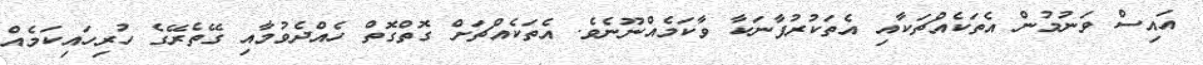
އައިސް ވަނުމުން އެތަކެއްޗަކާއި އެތަކުރުފާނަކާ ވާކަމެއްނޫނެވެ. އެތަކެއްޗަށް ގޮތްގޮތް ހެއްދެވުމާއި ގޭތެރޭގެ ހުރިހައިކަމެއް